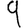
Digit: 9